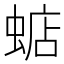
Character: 𧍈